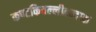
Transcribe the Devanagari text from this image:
कण्टकिवल्लीवन्दाक